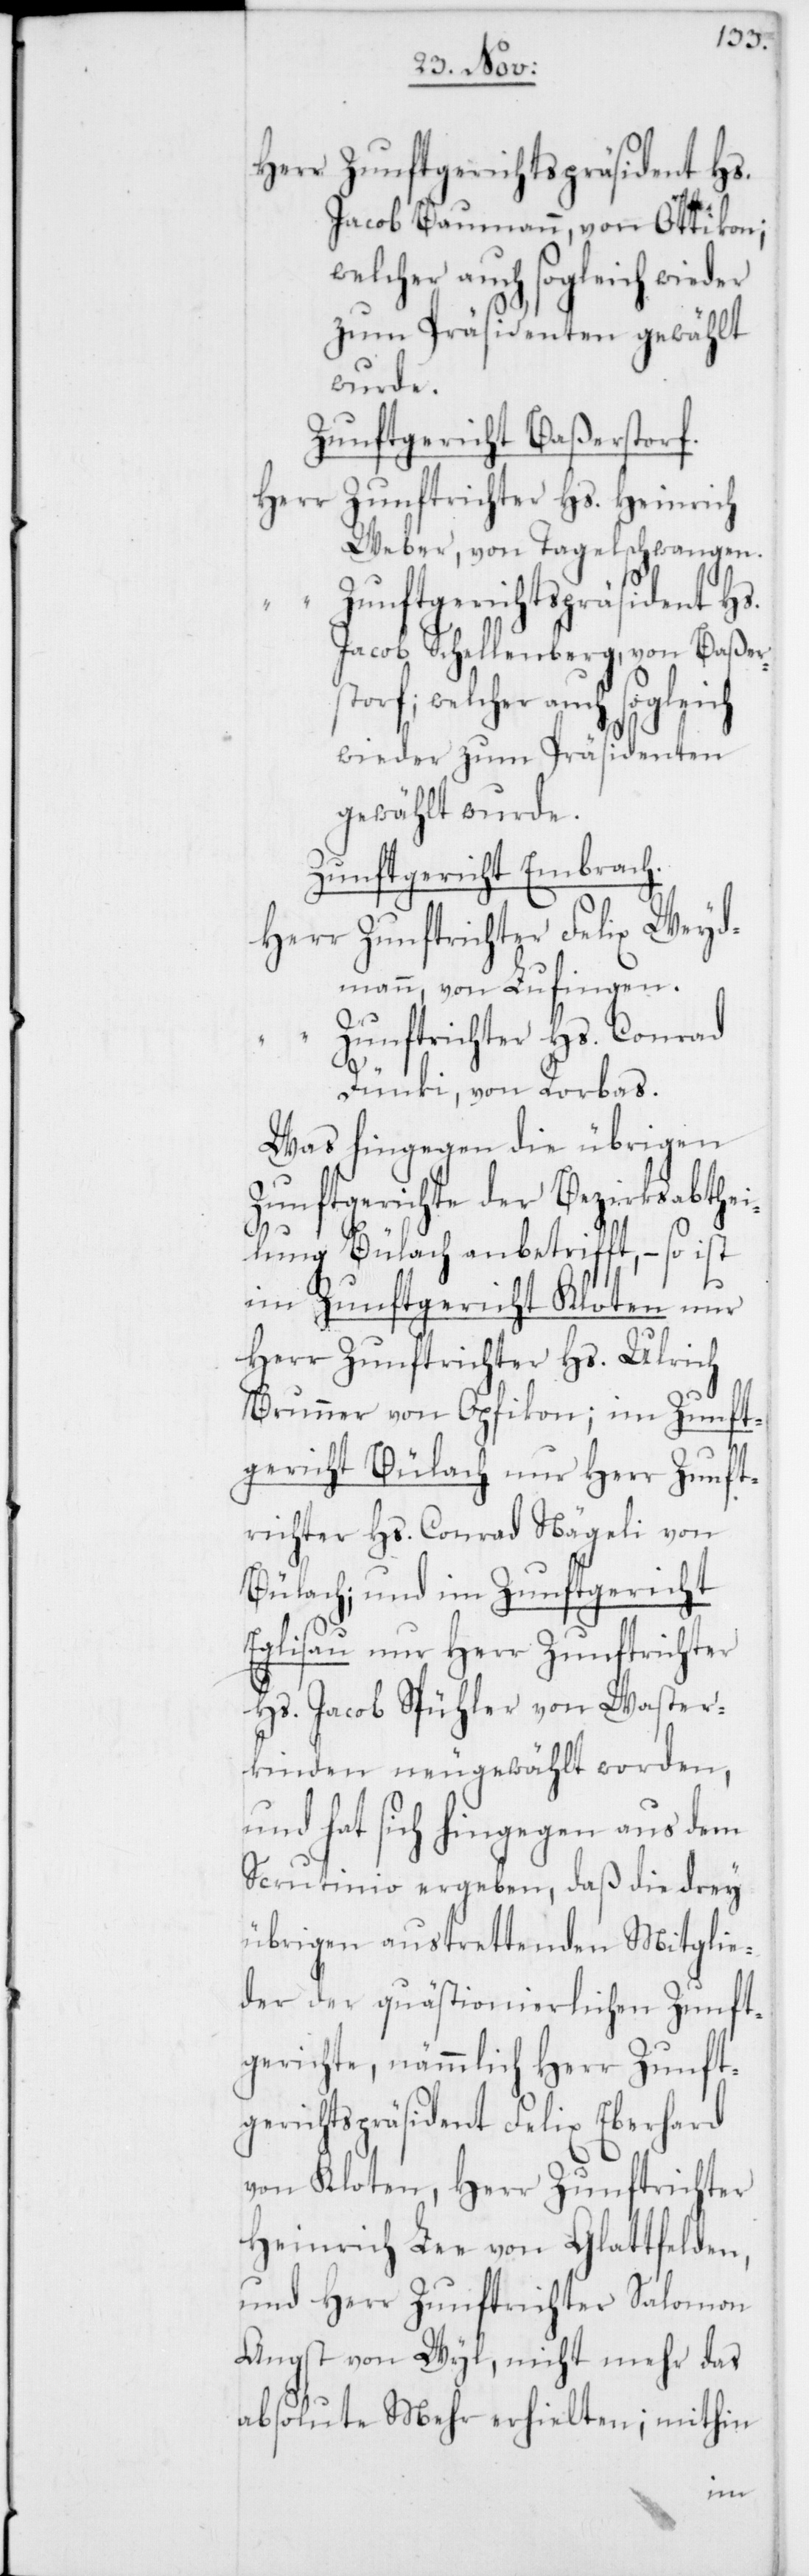
Herr Zunftgerichtspräsident Hs.
Jacob Baumann, von Ottikon;
welcher auch sogleich wieder
zum Präsidenten gewählt
wurde.
Zunftgericht Baßerstorf.
Herr Zunftrichter Hs. Heinrich
Weber, von Tagelschwangen.
Zunftgerichtspräsident Hs.
Jacob Schellenberg, von Baßer¬
storf, welcher auch sogleich
wieder zum Präsidenten
gewählt wurde.
Zunftgericht Embrach.
Herr Zunftrichter Felix Weyd¬
mann, von Lufingen.
Zunftrichter Hs. Conrad
Dünki, von Rorbas.
Was hingegen die übrigen
Zunftgerichte der Bezirksabthei¬
lung Bülach anbetrifft, – so ist
im Zunftgericht Kloten nur
Herr Zunftrichter Hs. Ulrich
Brunner von Opfikon; im Zunft¬
gericht Bülach nur Herr Zunft¬
richter Hs. Conrad Nägeli von
Bülach, und im Zunftgericht
Eglisau nur Herr Zunftrichter
Hs. Jacob Spühler von Waster¬
kinden neugewählt worden,
und hat sich hingegen aus dem
Scrutinio ergeben, daß die drey
übrigen austrettenden Mitglie¬
der der quästionierlichen Zunft¬
gerichte, nämmlich Herr Zunft¬
gerichtspräsident Felix Eberhard
von Kloten, Herr Zunftrichter
Heinrich Lee von Glattfelden,
und Herr Zunftrichter Salomon
Angst von Wyl, nicht mehr das
absolute Mehr erhielten; mithin